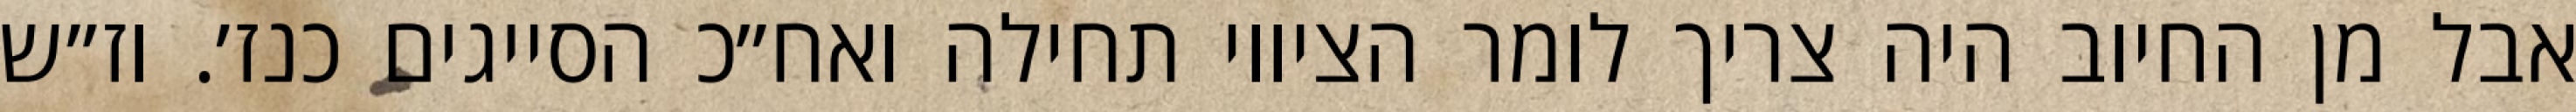
אבל מן החיוב היה צריך לומר הציווי תחילה ואח״כ הסייגים כנז׳. וז״ש